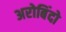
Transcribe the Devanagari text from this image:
अरोबिंदो